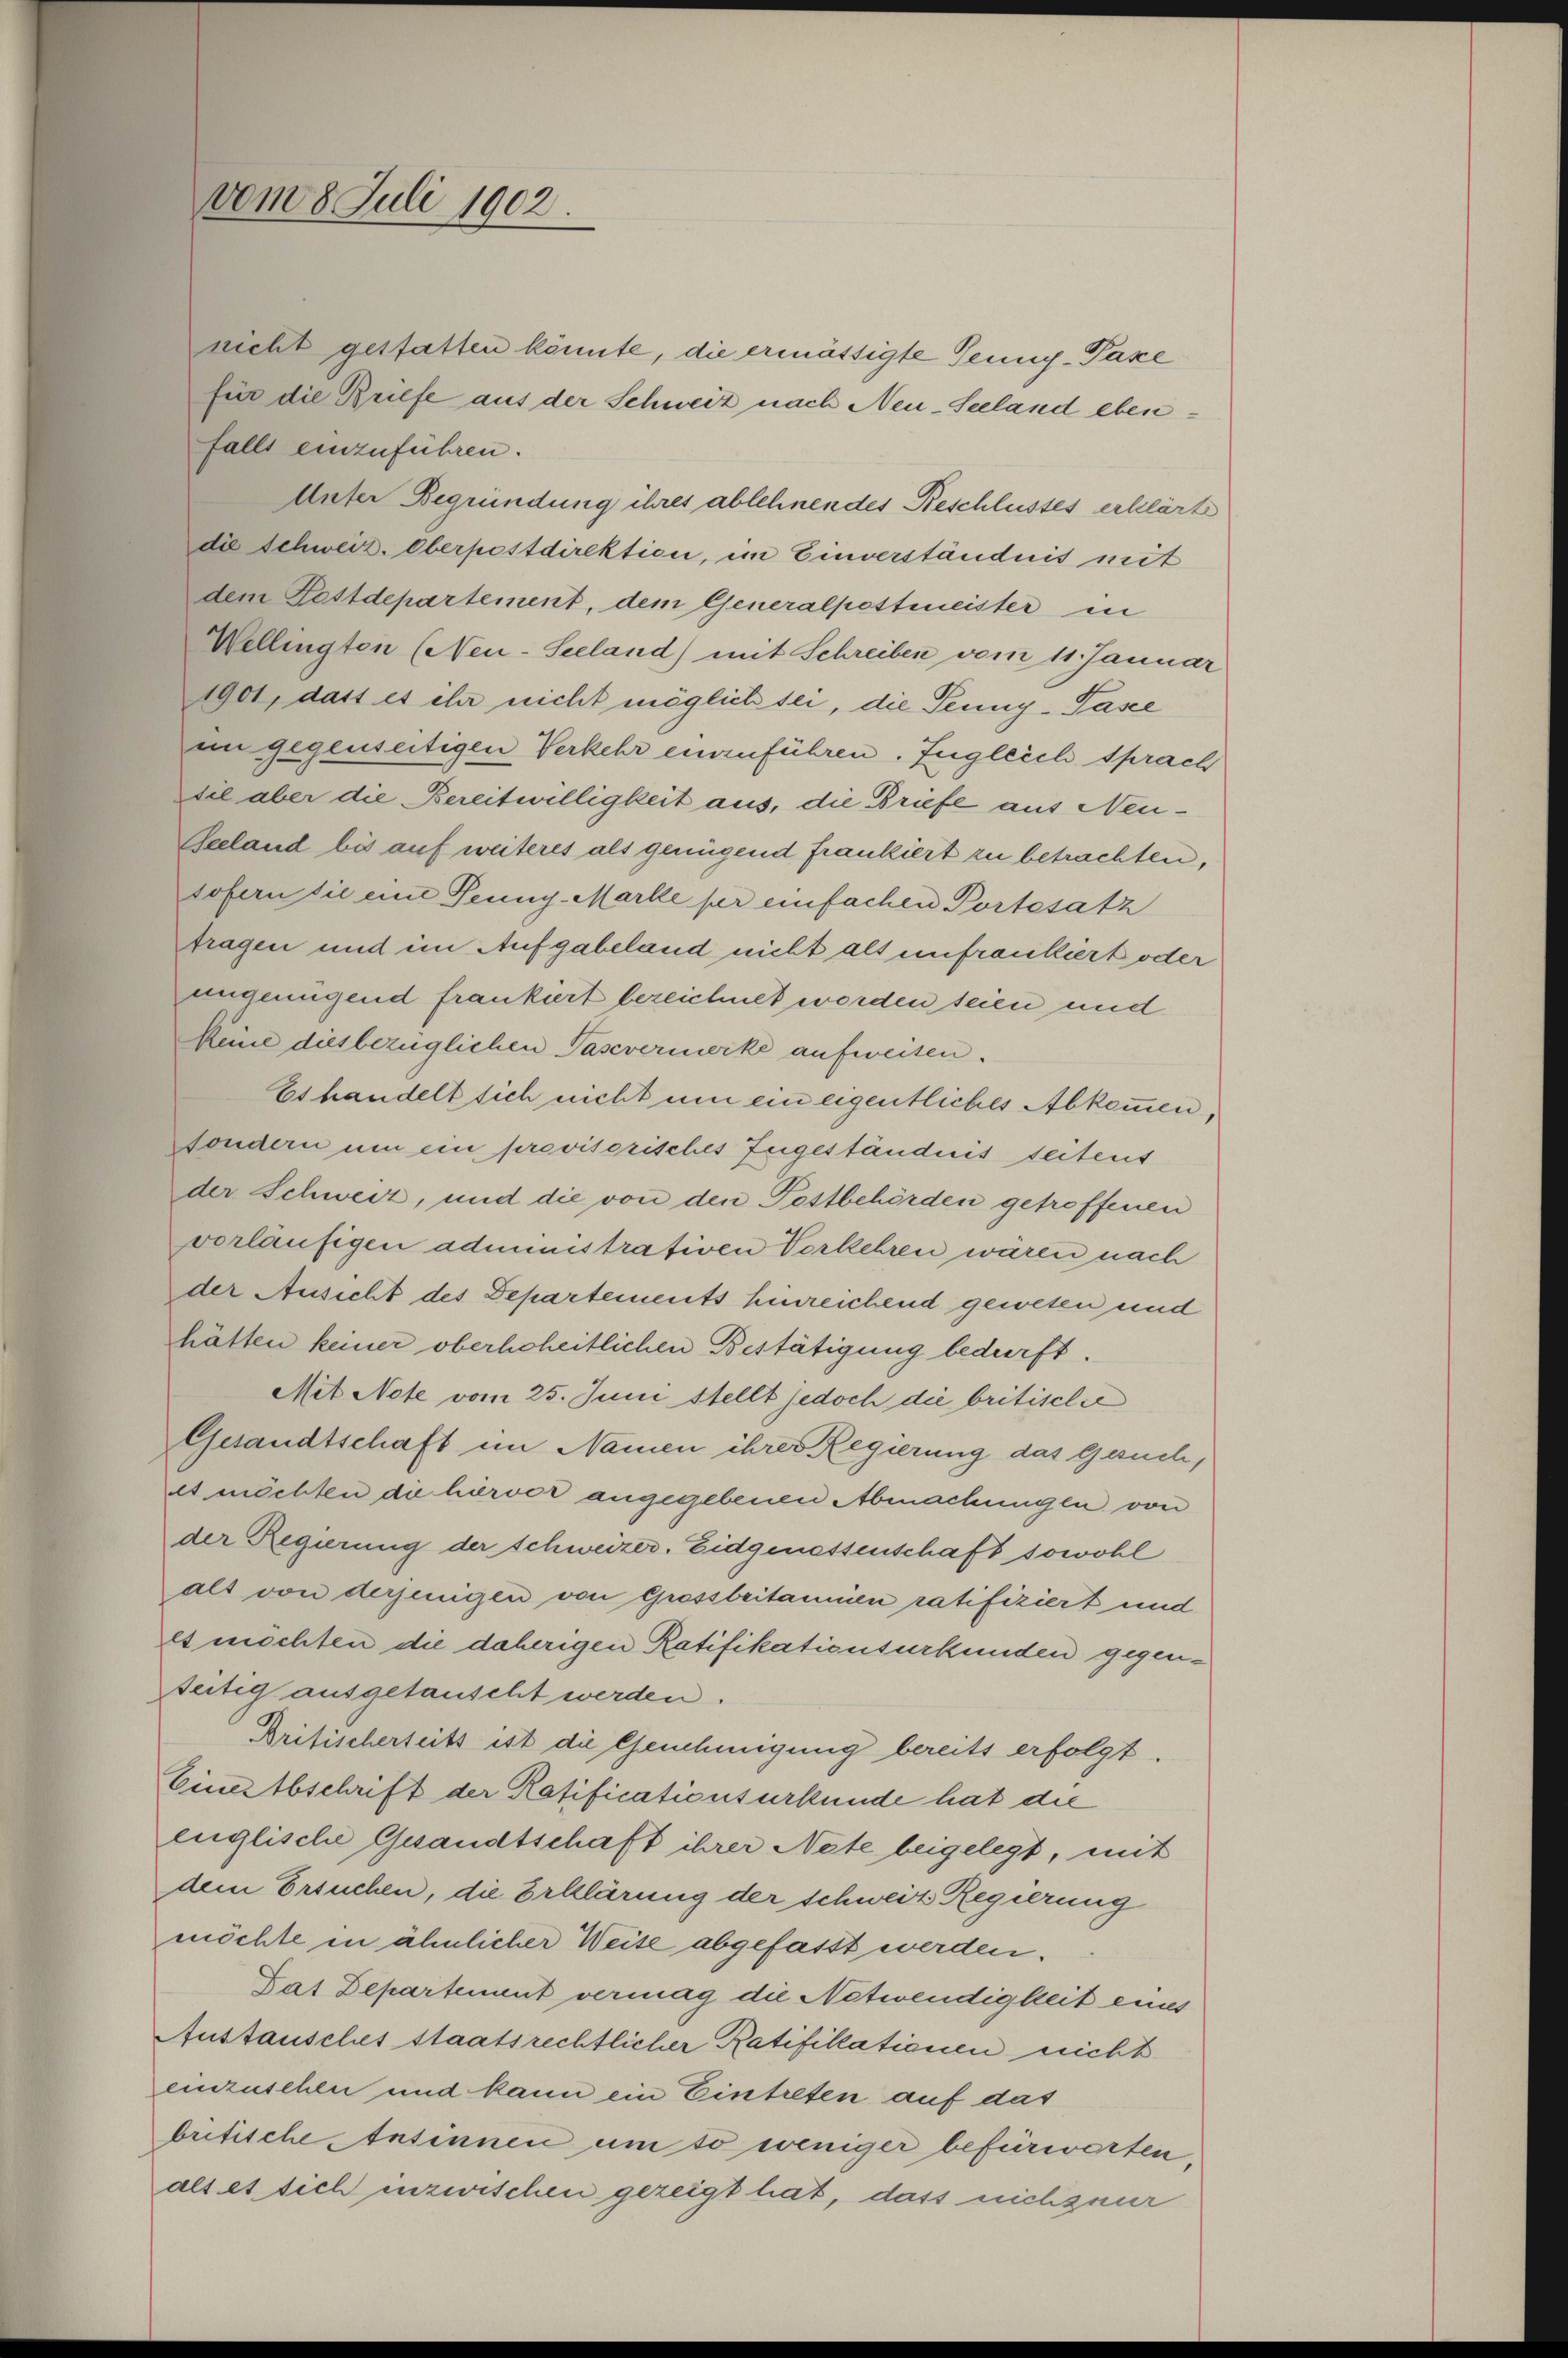
nicht gestatten könnte, die ermässigte Tenny-Pazze
für die Briefe aus der Schweiz nach Neu-Seeland ebenfalls einzuführen.
Unter Begründung ihres ablehnendes Beschlusses erklärt
die Schweiz. Oberpostdirektion, im Einverständnis mit
dem Fettdepartement, dem Generalpostmeister in
Wellingten (Neu-Seeland) mit Schreiben vom 11. Januar
1901, dass es ihr nicht möglich sei, die Senny-Pasce
in gegenseitigen Verkehr einzuführen. Ingleich sprach
til aber die Bereitwilligkeit aus, die Briefe aus Neu¬
Geeland bis auf weiteres als genügend frankiert zu betrachten,
sofern die eine Teuny-Marke für einfachen Portesatz
tragen und im Aufgabeland nicht als unfreuliert oder
ungenügend frankiert bezeichnet worden seien und
Keine diesbezüglichen Pasevermerke aufweisen.
Es handelt sich nicht um ein eigentliches Abkommen,
fondern um ein provisorisches Zugeständnis seitens
der Schweiz, und die von den Pestbehörden getroffenen
vorläufigen administrativen Verkehren wären nach
der Ansicht des Departements hinreichend gewesen und
hätten keiner oberhoheitlichen Bestätigung bedurft.
Mit Note vom 25. Juni stellt jedoch die britische
Gesandtschaft im Namen ihrer Regierung das Gesuch,
es möchten die hiervor angegebenen Abmachungen von
der Regierung der schweizer. Eidgenossenschaft sowohl
als von derjenigen von Grossbritannien ratifiziert und
es möchten die daherigen Ratifikationsurkunden gegenseitig ausgetauscht werden.
Britischerseits ist die Genehmigung bereits erfolgt.
Eine Abschrift der Ratificationsurkunde hat die
englische Gesandtschaft ihrer Nete beigelegt, mit
dem Ersuchen, die Erklärung der schweiz Regierung
möchte in ähnlicher Weise abgefasst werden.
Dat Departement vermag die Notwendigkeit eines
Austausches staatsrechtlicher Ratifillationen nicht
einzusehen und kann ein Eintreten auf das
britische Ansinnen um so weniger befürworfen.
als es sich inzwischen gezeigt hat, dass nich zuer

vom 8. Juli 1902.